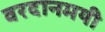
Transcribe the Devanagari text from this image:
वरदानमयी